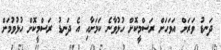
ދަނޑު ވަރަށް އަވަހަށް ރަސްމީކޮށް ހުޅުވާނެ ކަމަށާއި އެ ދަނޑު ރަސްމީކޮށް ހުޅުވުމަށް